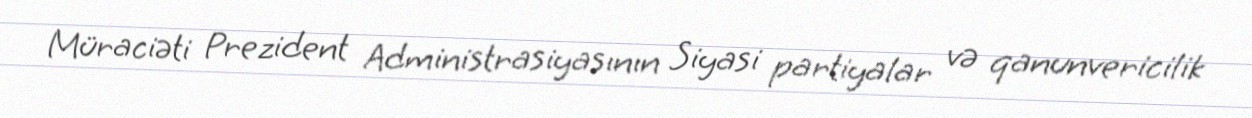
Müraciəti Prezident Administrasiyasının Siyasi partiyalar və qanunvericilik